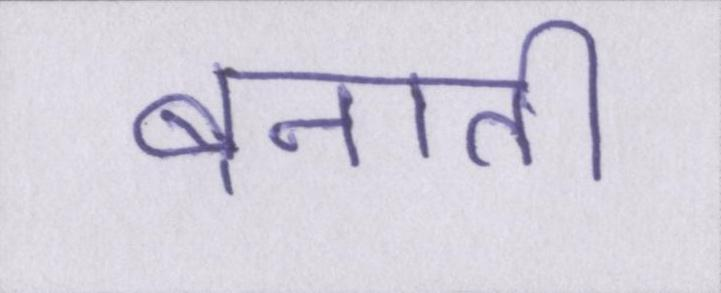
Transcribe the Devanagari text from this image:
बनाती